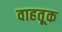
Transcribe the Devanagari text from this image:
वाहतू़क